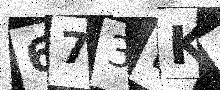
Text: 673LKQ